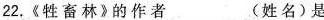
22.《牲畜林》的作者___(姓名)是